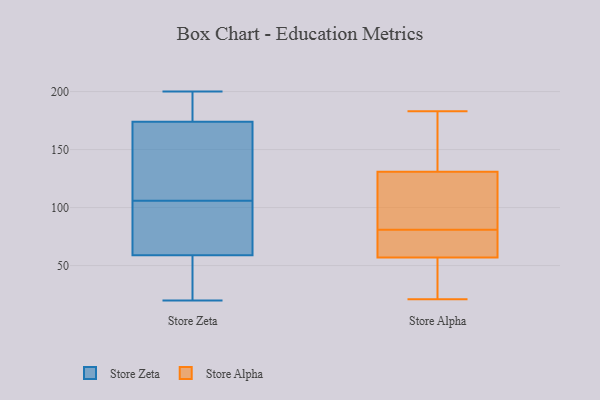
{"axis": {"x": "Market Share (%)", "y": "Value"}, "legend": ["Store Alpha", "Store Zeta"], "data": [{"x": "", "y": 94, "type": "Store Zeta"}, {"x": "", "y": 82, "type": "Store Zeta"}, {"x": "", "y": 20, "type": "Store Zeta"}, {"x": "", "y": 200, "type": "Store Zeta"}, {"x": "", "y": 185, "type": "Store Zeta"}, {"x": "", "y": 177, "type": "Store Zeta"}, {"x": "", "y": 21, "type": "Store Zeta"}, {"x": "", "y": 32, "type": "Store Zeta"}, {"x": "", "y": 150, "type": "Store Zeta"}, {"x": "", "y": 173, "type": "Store Zeta"}, {"x": "", "y": 20, "type": "Store Zeta"}, {"x": "", "y": 186, "type": "Store Zeta"}, {"x": "", "y": 68, "type": "Store Zeta"}, {"x": "", "y": 68, "type": "Store Zeta"}, {"x": "", "y": 166, "type": "Store Zeta"}, {"x": "", "y": 106, "type": "Store Zeta"}, {"x": "", "y": 127, "type": "Store Zeta"}, {"x": "", "y": 64, "type": "Store Alpha"}, {"x": "", "y": 26, "type": "Store Alpha"}, {"x": "", "y": 183, "type": "Store Alpha"}, {"x": "", "y": 141, "type": "Store Alpha"}, {"x": "", "y": 138, "type": "Store Alpha"}, {"x": "", "y": 113, "type": "Store Alpha"}, {"x": "", "y": 28, "type": "Store Alpha"}, {"x": "", "y": 21, "type": "Store Alpha"}, {"x": "", "y": 68, "type": "Store Alpha"}, {"x": "", "y": 95, "type": "Store Alpha"}, {"x": "", "y": 72, "type": "Store Alpha"}, {"x": "", "y": 90, "type": "Store Alpha"}, {"x": "", "y": 57, "type": "Store Alpha"}, {"x": "", "y": 131, "type": "Store Alpha"}]}